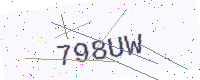
Text: 798UW